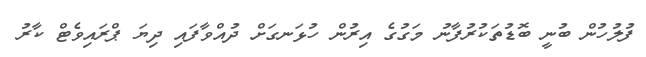
ފުލުހުން ބުނީ ބޮޑުތަކުރުފާނު މަގުގެ އިރުން ހުޅަނގަށް ދުއްވާފައި ދިޔަ ޕްރައިވެޓް ކާރު